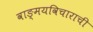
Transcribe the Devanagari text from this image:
वाङ्मयविचाराची